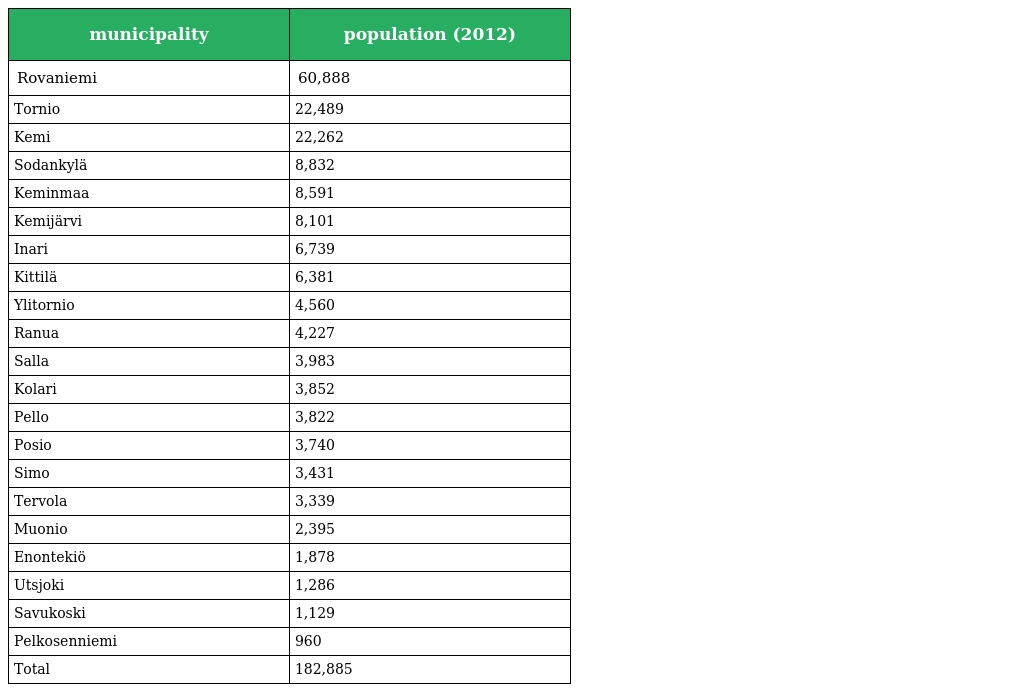
| municipality | population (2012) |
 | --- | --- |
 | Rovaniemi | 60,888 |
 | Tornio | 22,489 |
 | Kemi | 22,262 |
 | Sodankylä | 8,832 |
 | Keminmaa | 8,591 |
 | Kemijärvi | 8,101 |
 | Inari | 6,739 |
 | Kittilä | 6,381 |
 | Ylitornio | 4,560 |
 | Ranua | 4,227 |
 | Salla | 3,983 |
 | Kolari | 3,852 |
 | Pello | 3,822 |
 | Posio | 3,740 |
 | Simo | 3,431 |
 | Tervola | 3,339 |
 | Muonio | 2,395 |
 | Enontekiö | 1,878 |
 | Utsjoki | 1,286 |
 | Savukoski | 1,129 |
 | Pelkosenniemi | 960 |
 | Total | 182,885 |